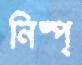
নিষ্প্